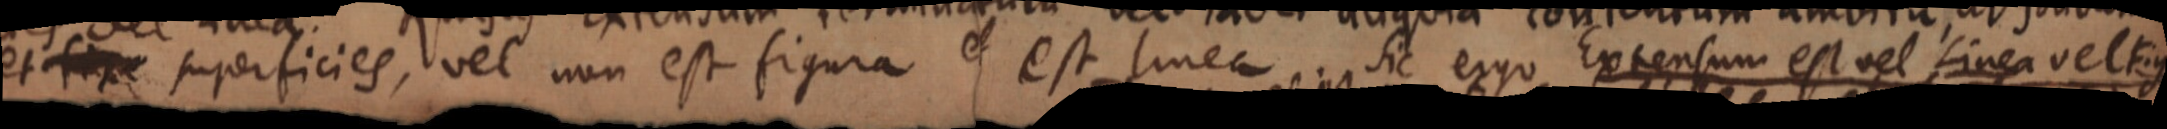
et superficies, vel non est figura et est linea sic ergo Extensum est vel Linea vel Fig